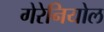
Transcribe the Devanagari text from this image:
गेरेनियोल